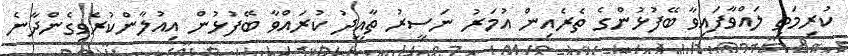
ކުރިމަތި ލައްވާފައިވާ ބޭފުޅުންގެ ތެރެއިން އުމަރު ނަސީރު ތާއީދު ކުރައްވާ ބޭފުޅުން އިއުލާންކުރެވިގެންދާނެ